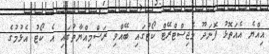
އިއްޔެ އެއަތޮޅު ފޮނަދޫ މެޖިސްޓްރޭޓް ކޯޓުގައި ބޭއްވި ރަސްމިއްޔާތުގައި އެ ކޯޓު އެޅުމުގެ